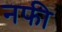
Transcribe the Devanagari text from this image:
नफी